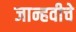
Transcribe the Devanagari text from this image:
जान्हवीचे